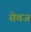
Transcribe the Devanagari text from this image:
सेवज